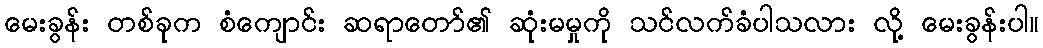
မေးခွန်း တစ်ခုက စံကျောင်း ဆရာတော်၏ ဆုံးမမှုကို သင်လက်ခံပါသလား လို့ မေးခွန်းပါ။